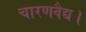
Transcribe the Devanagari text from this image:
चारणवैद्य।